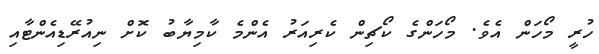
ހުރީ މޯހަން އެވެ. މޯހަންގެ ކޯޗިން ކެރިއަރު އެންމެ ކާމިޔާބު ކޮށް ނިއުރޭޑިއެންޓާއި